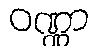
ဝဏ္ဏာ